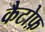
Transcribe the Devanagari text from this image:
कैटोफ़